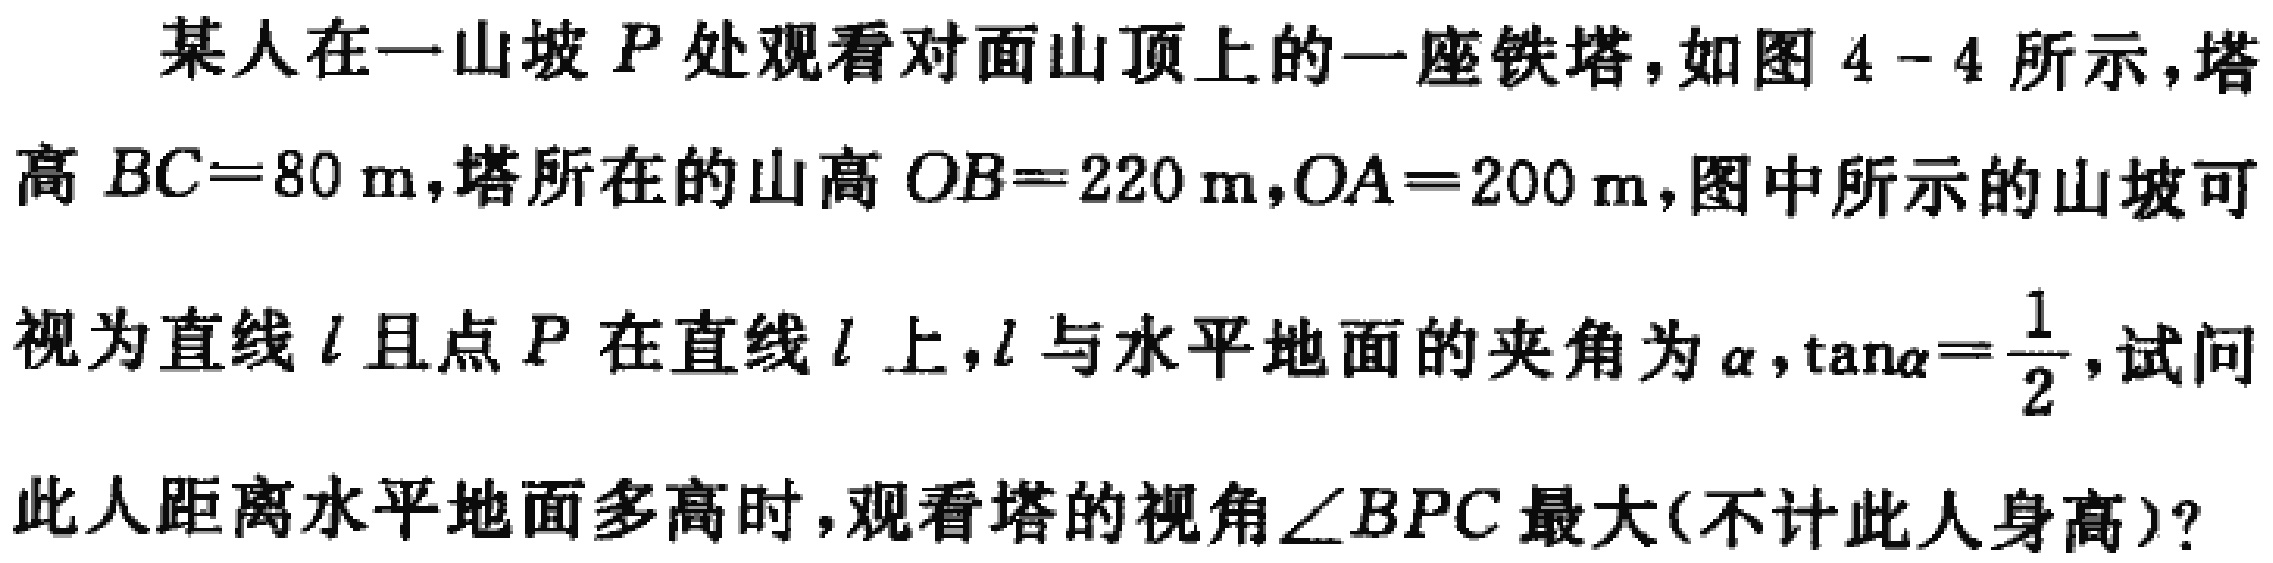
某人在一山坡\(P\)处观看对面山顶上的一座铁塔，如图\(4 - 4\)所示，塔高\(BC = 80\ \text{m}\)，塔所在的山高\(OB = 220\ \text{m}\)，\(OA = 200\ \text{m}\)，图中所示的山坡可视为直线\(l\)且点\(P\)在直线\(l\)上，\(l\)与水平地面的夹角为\(\alpha\)，\(\tan\alpha=\frac{1}{2}\)，试问此人距离水平地面多高时，观看塔的视角\(\angle BPC\)最大(不计此人身高)？